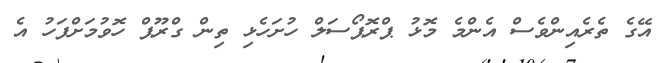
އޭގެ ތެރެއިންވެސް އެންމެ މޮޅު ޕްރޮޕޯސަލް ހުށަހެޅި ތިން ގްރޫޕް ހޮވުމަށްފަހު އެ